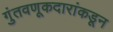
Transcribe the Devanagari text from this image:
गुंतवणूकदारांकडून